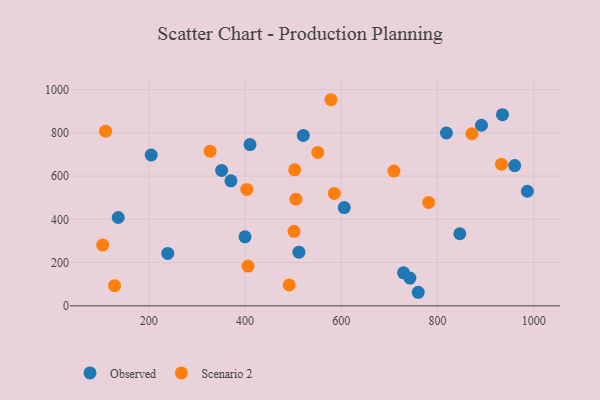
{"axis": {"x": "Ad Spend", "y": "Exam Score"}, "legend": ["Observed", "Scenario 2"], "data": [{"x": "729.5", "y": 152.8, "type": "Observed"}, {"x": "239.3", "y": 242.6, "type": "Observed"}, {"x": "399.9", "y": 319.1, "type": "Observed"}, {"x": "742.7", "y": 128.6, "type": "Observed"}, {"x": "512.0", "y": 248.0, "type": "Observed"}, {"x": "760.0", "y": 62.7, "type": "Observed"}, {"x": "370.6", "y": 578.1, "type": "Observed"}, {"x": "204.9", "y": 697.8, "type": "Observed"}, {"x": "891.5", "y": 835.3, "type": "Observed"}, {"x": "846.5", "y": 333.4, "type": "Observed"}, {"x": "351.3", "y": 626.5, "type": "Observed"}, {"x": "818.6", "y": 799.5, "type": "Observed"}, {"x": "986.9", "y": 530.0, "type": "Observed"}, {"x": "935.1", "y": 884.2, "type": "Observed"}, {"x": "410.3", "y": 746.1, "type": "Observed"}, {"x": "136.3", "y": 408.6, "type": "Observed"}, {"x": "521.1", "y": 788.4, "type": "Observed"}, {"x": "960.5", "y": 648.6, "type": "Observed"}, {"x": "606.2", "y": 454.3, "type": "Observed"}, {"x": "103.9", "y": 280.9, "type": "Scenario 2"}, {"x": "871.6", "y": 796.0, "type": "Scenario 2"}, {"x": "585.6", "y": 519.9, "type": "Scenario 2"}, {"x": "505.8", "y": 493.3, "type": "Scenario 2"}, {"x": "128.8", "y": 93.3, "type": "Scenario 2"}, {"x": "781.6", "y": 478.3, "type": "Scenario 2"}, {"x": "932.9", "y": 654.9, "type": "Scenario 2"}, {"x": "491.7", "y": 96.9, "type": "Scenario 2"}, {"x": "709.4", "y": 623.4, "type": "Scenario 2"}, {"x": "503.1", "y": 629.1, "type": "Scenario 2"}, {"x": "501.8", "y": 344.7, "type": "Scenario 2"}, {"x": "110.0", "y": 807.7, "type": "Scenario 2"}, {"x": "551.2", "y": 709.6, "type": "Scenario 2"}, {"x": "327.3", "y": 715.3, "type": "Scenario 2"}, {"x": "403.6", "y": 538.3, "type": "Scenario 2"}, {"x": "406.1", "y": 183.9, "type": "Scenario 2"}, {"x": "578.6", "y": 953.4, "type": "Scenario 2"}]}